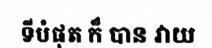
ទីបំផុត ក៏ បាន វាយ